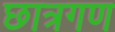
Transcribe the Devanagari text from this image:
छात्रगण